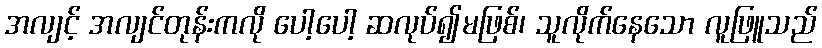
အလျင့် အလျင်တုန်းကလို ပေါ့ပေါ့ ဆလုပ်၍မဖြစ်၊ သူလိုက်နေသော လူဖြူသည်